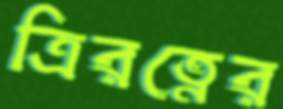
ত্রিরত্নের